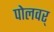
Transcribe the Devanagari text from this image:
पोलवर्